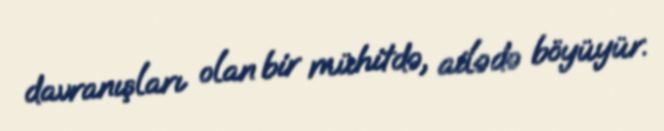
davranışları olan bir mühitdə, ailədə böyüyür.